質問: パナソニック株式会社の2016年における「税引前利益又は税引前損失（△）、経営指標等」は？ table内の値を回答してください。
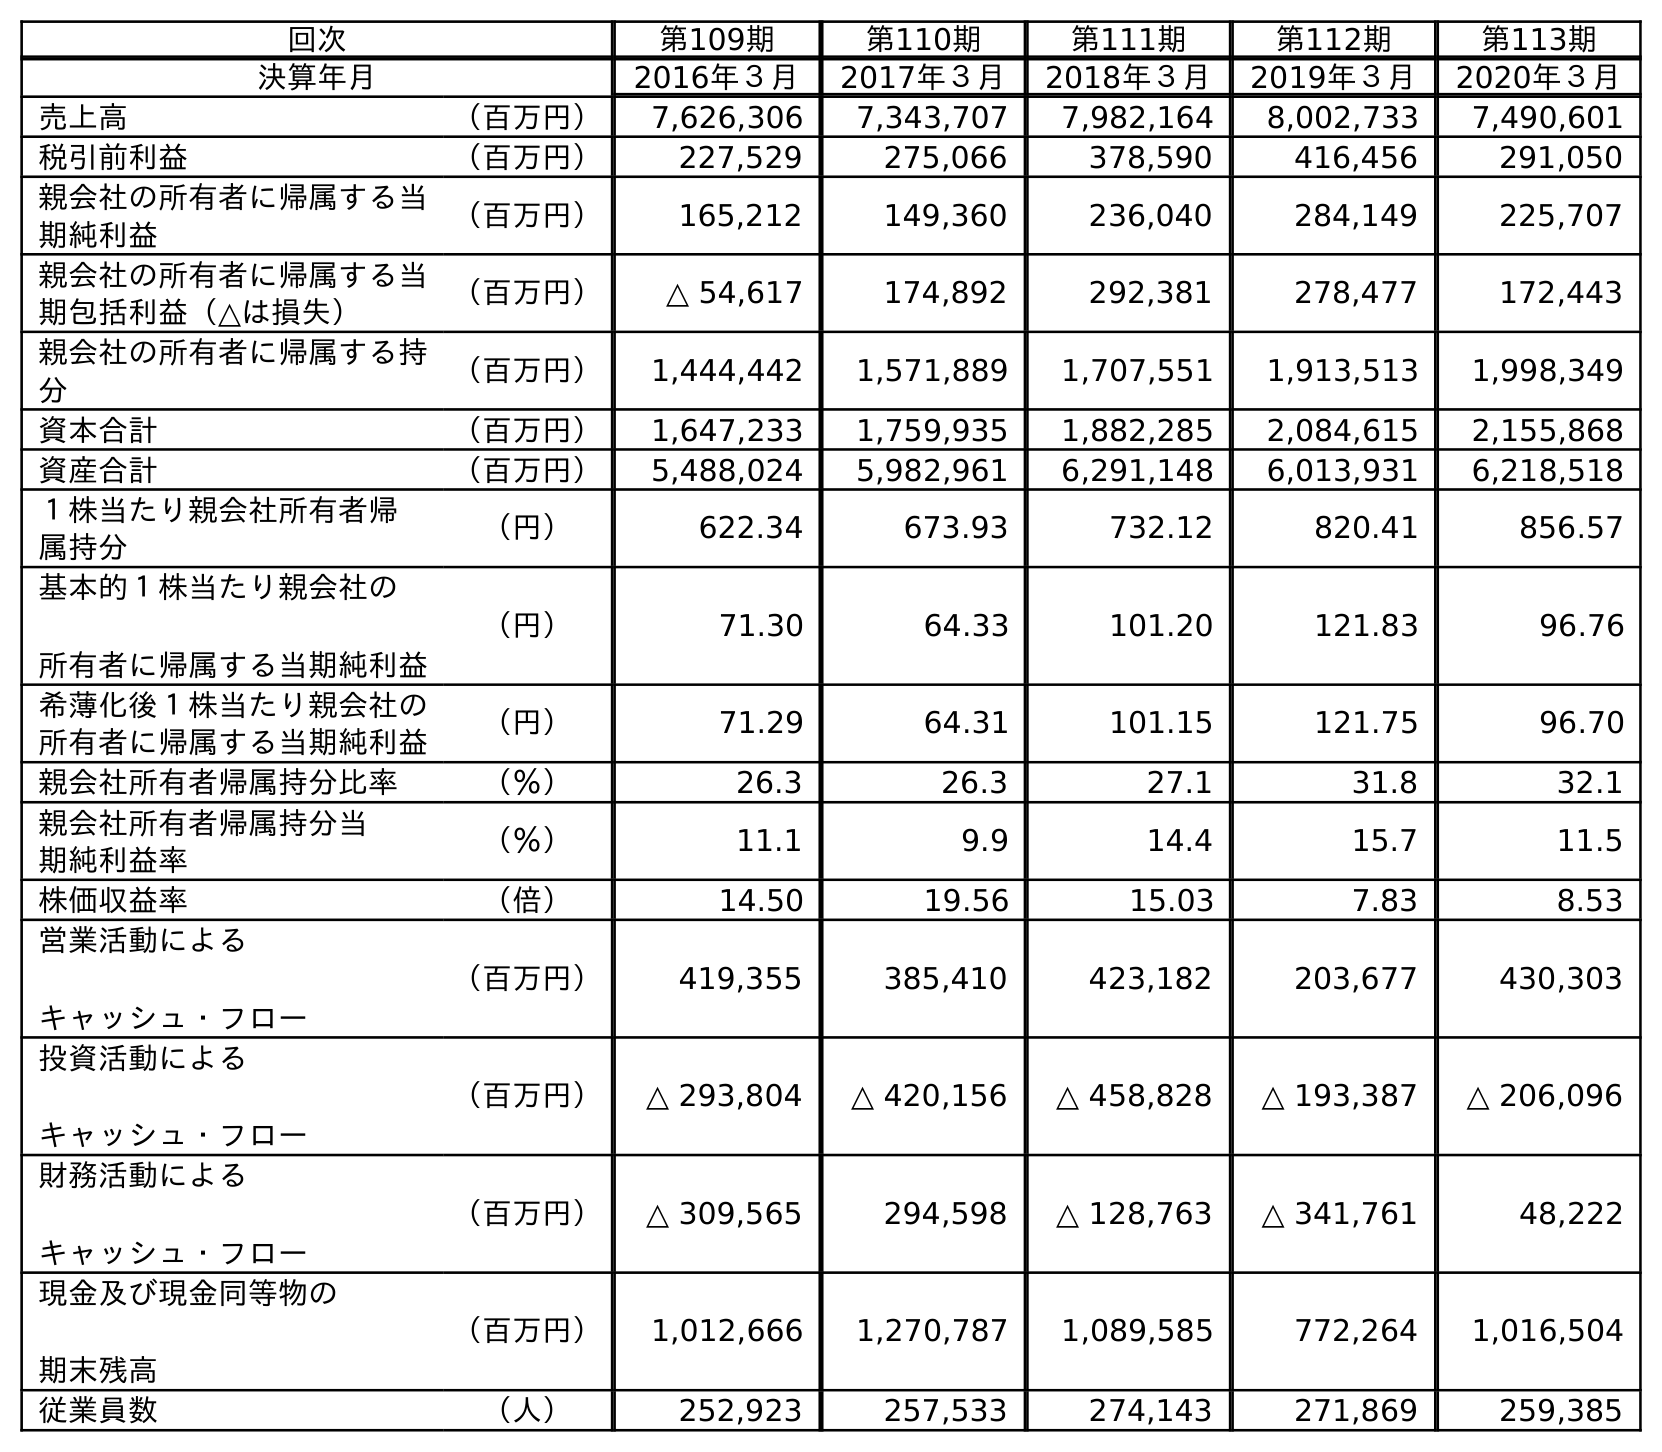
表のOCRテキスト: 回次 第109期 第110期 第111期 第112期 第113期 決算年月 2016年３月 2017年３月 2018年３月 2019年３月 2020年３月 売上高 （百万円） 7,626,306 7,343,707 7,982,164 8,002,733 7,490,601 税引前利益 （百万円） 227,529 275,066 378,590 416,456 291,050 親会社の所有者に帰属する当 期純利益 （百万円） 165,212 149,360 236,040 284,149 225,707 親会社の所有者に帰属する当 期包括利益（△は損失） （百万円） △ 54,617 174,892 292,381 278,477 172,443 親会社の所有者に帰属する持 分 （百万円） 1,444,442 1,571,889 1,707,551 1,913,513 1,998,349 資本合計 （百万円） 1,647,233 1,759,935 1,882,285 2,084,615 2,155,868 資産合計 （百万円） 5,488,024 5,982,961 6,291,148 6,013,931 6,218,518 １株当たり親会社所有者帰 属持分 （円） 622.34 673.93 732.12 820.41 856.57 基本的１株当たり親会社の 所有者に帰属する当期純利益 （円） 71.30 64.33 101.20 121.83 96.76 希薄化後１株当たり親会社の 所有者に帰属する当期純利益 （円） 71.29 64.31 101.15 121.75 96.70 親会社所有者帰属持分比率 （％） 26.3 26.3 27.1 31.8 32.1 親会社所有者帰属持分当 期純利益率 （％） 11.1 9.9 14.4 15.7 11.5 株価収益率 （倍） 14.50 19.56 15.03 7.83 8.53 営業活動による キャッシュ・フロー （百万円） 419,355 385,410 423,182 203,677 430,303 投資活動による キャッシュ・フロー （百万円） △ 293,804 △ 420,156 △ 458,828 △ 193,387 △ 206,096 財務活動による キャッシュ・フロー （百万円） △ 309,565 294,598 △ 128,763 △ 341,761 48,222 現金及び現金同等物の 期末残高 （百万円） 1,012,666 1,270,787 1,089,585 772,264 1,016,504 従業員数 （人） 252,923 257,533 274,143 271,869 259,385
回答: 227,529